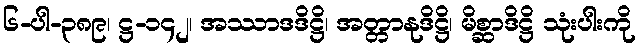
၆-ပါ-၃၈၉၊ ဋ္ဌ-၁၄၂၊ အဿာဒဒိဋ္ဌိ၊ အတ္တာနုဒိဋ္ဌိ၊ မိစ္ဆာဒိဋ္ဌိ သုံးပါးကို